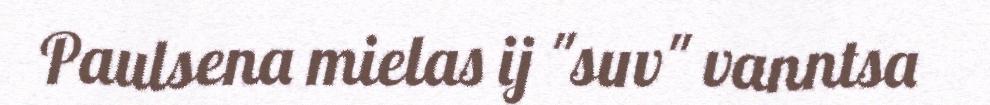
Paulsena mielas ij "suv" vanntsa